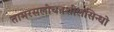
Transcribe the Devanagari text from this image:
तामरसलोचनशीलसिन्धो